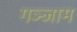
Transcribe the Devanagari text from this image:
गञ्जाम